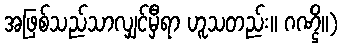
အဖြစ်သည်သာလျှင်မှီရာ ဟူသတည်း။ ဂဏ္ဌိ။)